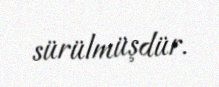
sürülmüşdür.